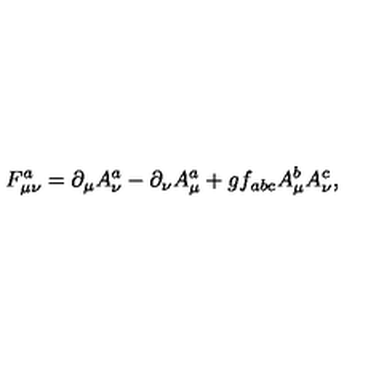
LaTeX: F _ { \mu \nu } ^ { a } = \partial _ { \mu } A _ { \nu } ^ { a } - \partial _ { \nu } A _ { \mu } ^ { a } + g f _ { a b c } A _ { \mu } ^ { b } A _ { \nu } ^ { c } ,